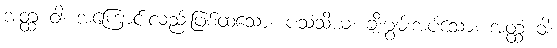
အတ္ထံ ဝါ၊ အကြောင်းလည်းဖြစ်ထသော။ ပသံသိယံ၊ ချီးမွမ်းအပ်သော။ အတ္ထံ ဝါ၊